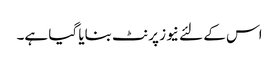
اس کے لئے نیوز پرنٹ بنایا گیا ہے۔